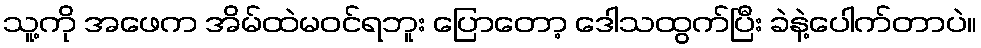
သူ့ကို အဖေက အိမ်ထဲမဝင်ရဘူး ပြောတော့ ဒေါသထွက်ပြီး ခဲနဲ့ပေါက်တာပဲ။